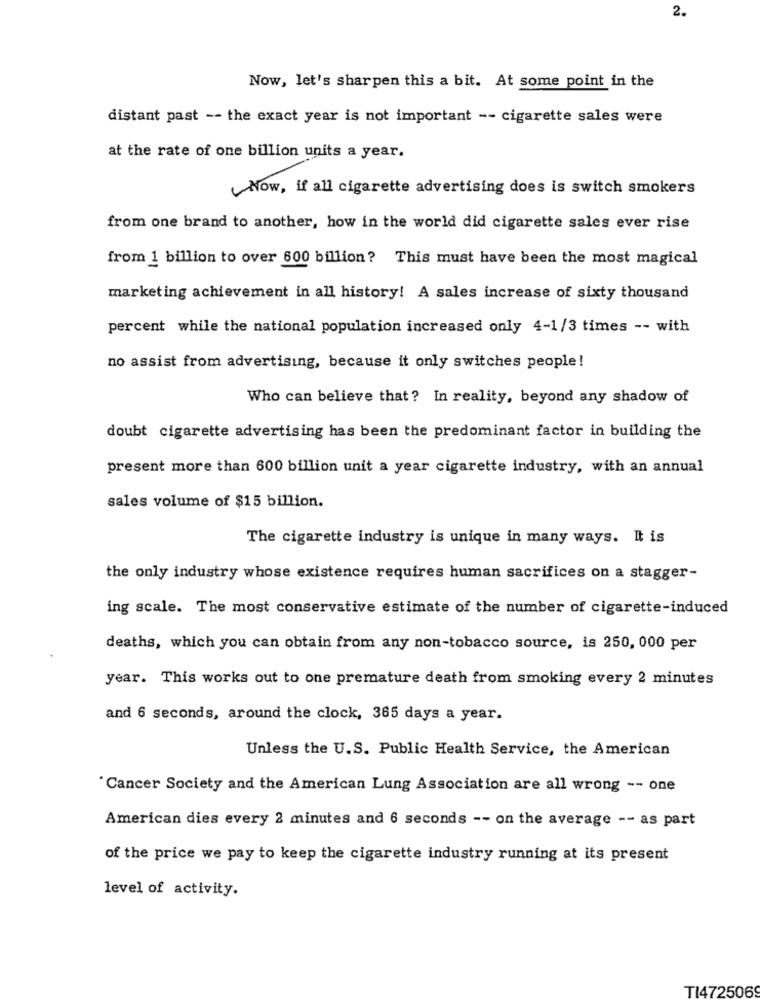
2.
Now, let's sharpen this a bit. At some point in the
distant past -- the exact year is not important -- cigarette sales were
at the rate of one billion units a year.
Now, if all cigarette advertising does is switch smokers
from one brand to another, how in the world did cigarette sales ever rise
from 1 billion to over 600 billion? This must have been the most magical
marketing achievement in all history! A sales increase of sixty thousand
percent while the national population increased only 4-1/3 times -- with
no assist from advertising, because it only switches people!
Who can believe that? In reality, beyond any shadow of
doubt cigarette advertising has been the predominant factor in building the
present more than 600 billion unit a year cigarette industry, with an annual
sales volume of $15 billion.
The cigarette industry is unique in many ways. It is
the only industry whose existence requires human sacrifices on a stagger-
ing scale. The most conservative estimate of the number of cigarette-induced
deaths, which you can obtain from any non-tobacco source, is 250, 000 per
year. This works out to one premature death from smoking every 2 minutes
and 6 seconds, around the clock, 365 days a year.
Unless the U.S. Public Health Service, the American
"Cancer Society and the American Lung Association are all wrong -- one
American dies every 2 minutes and 6 seconds -- on the average -- as part
of the price we pay to keep the cigarette industry running at its present
level of activity.
TI4725069